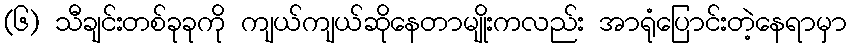
(၆) သီချင်းတစ်ခုခုကို ကျယ်ကျယ်ဆိုနေတာမျိုးကလည်း အာရုံပြောင်းတဲ့နေရာမှာ